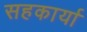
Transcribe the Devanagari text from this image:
सहकार्या